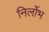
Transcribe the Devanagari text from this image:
निर्लोभ